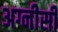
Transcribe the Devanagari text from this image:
अग्नीसी